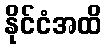
နိုင်ငံအထိ